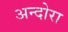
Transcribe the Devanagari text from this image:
अन्दोरा